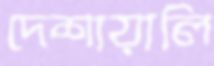
দেশায়ালি